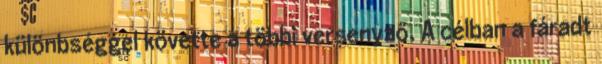
különbséggel követte a többi versenyző. A célban a fáradt